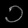
Digit: ၁